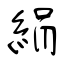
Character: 絹